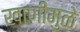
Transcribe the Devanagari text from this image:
खाणींमुळे